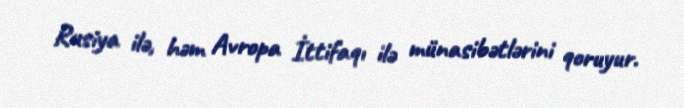
Rusiya ilə, həm Avropa İttifaqı ilə münasibətlərini qoruyur.